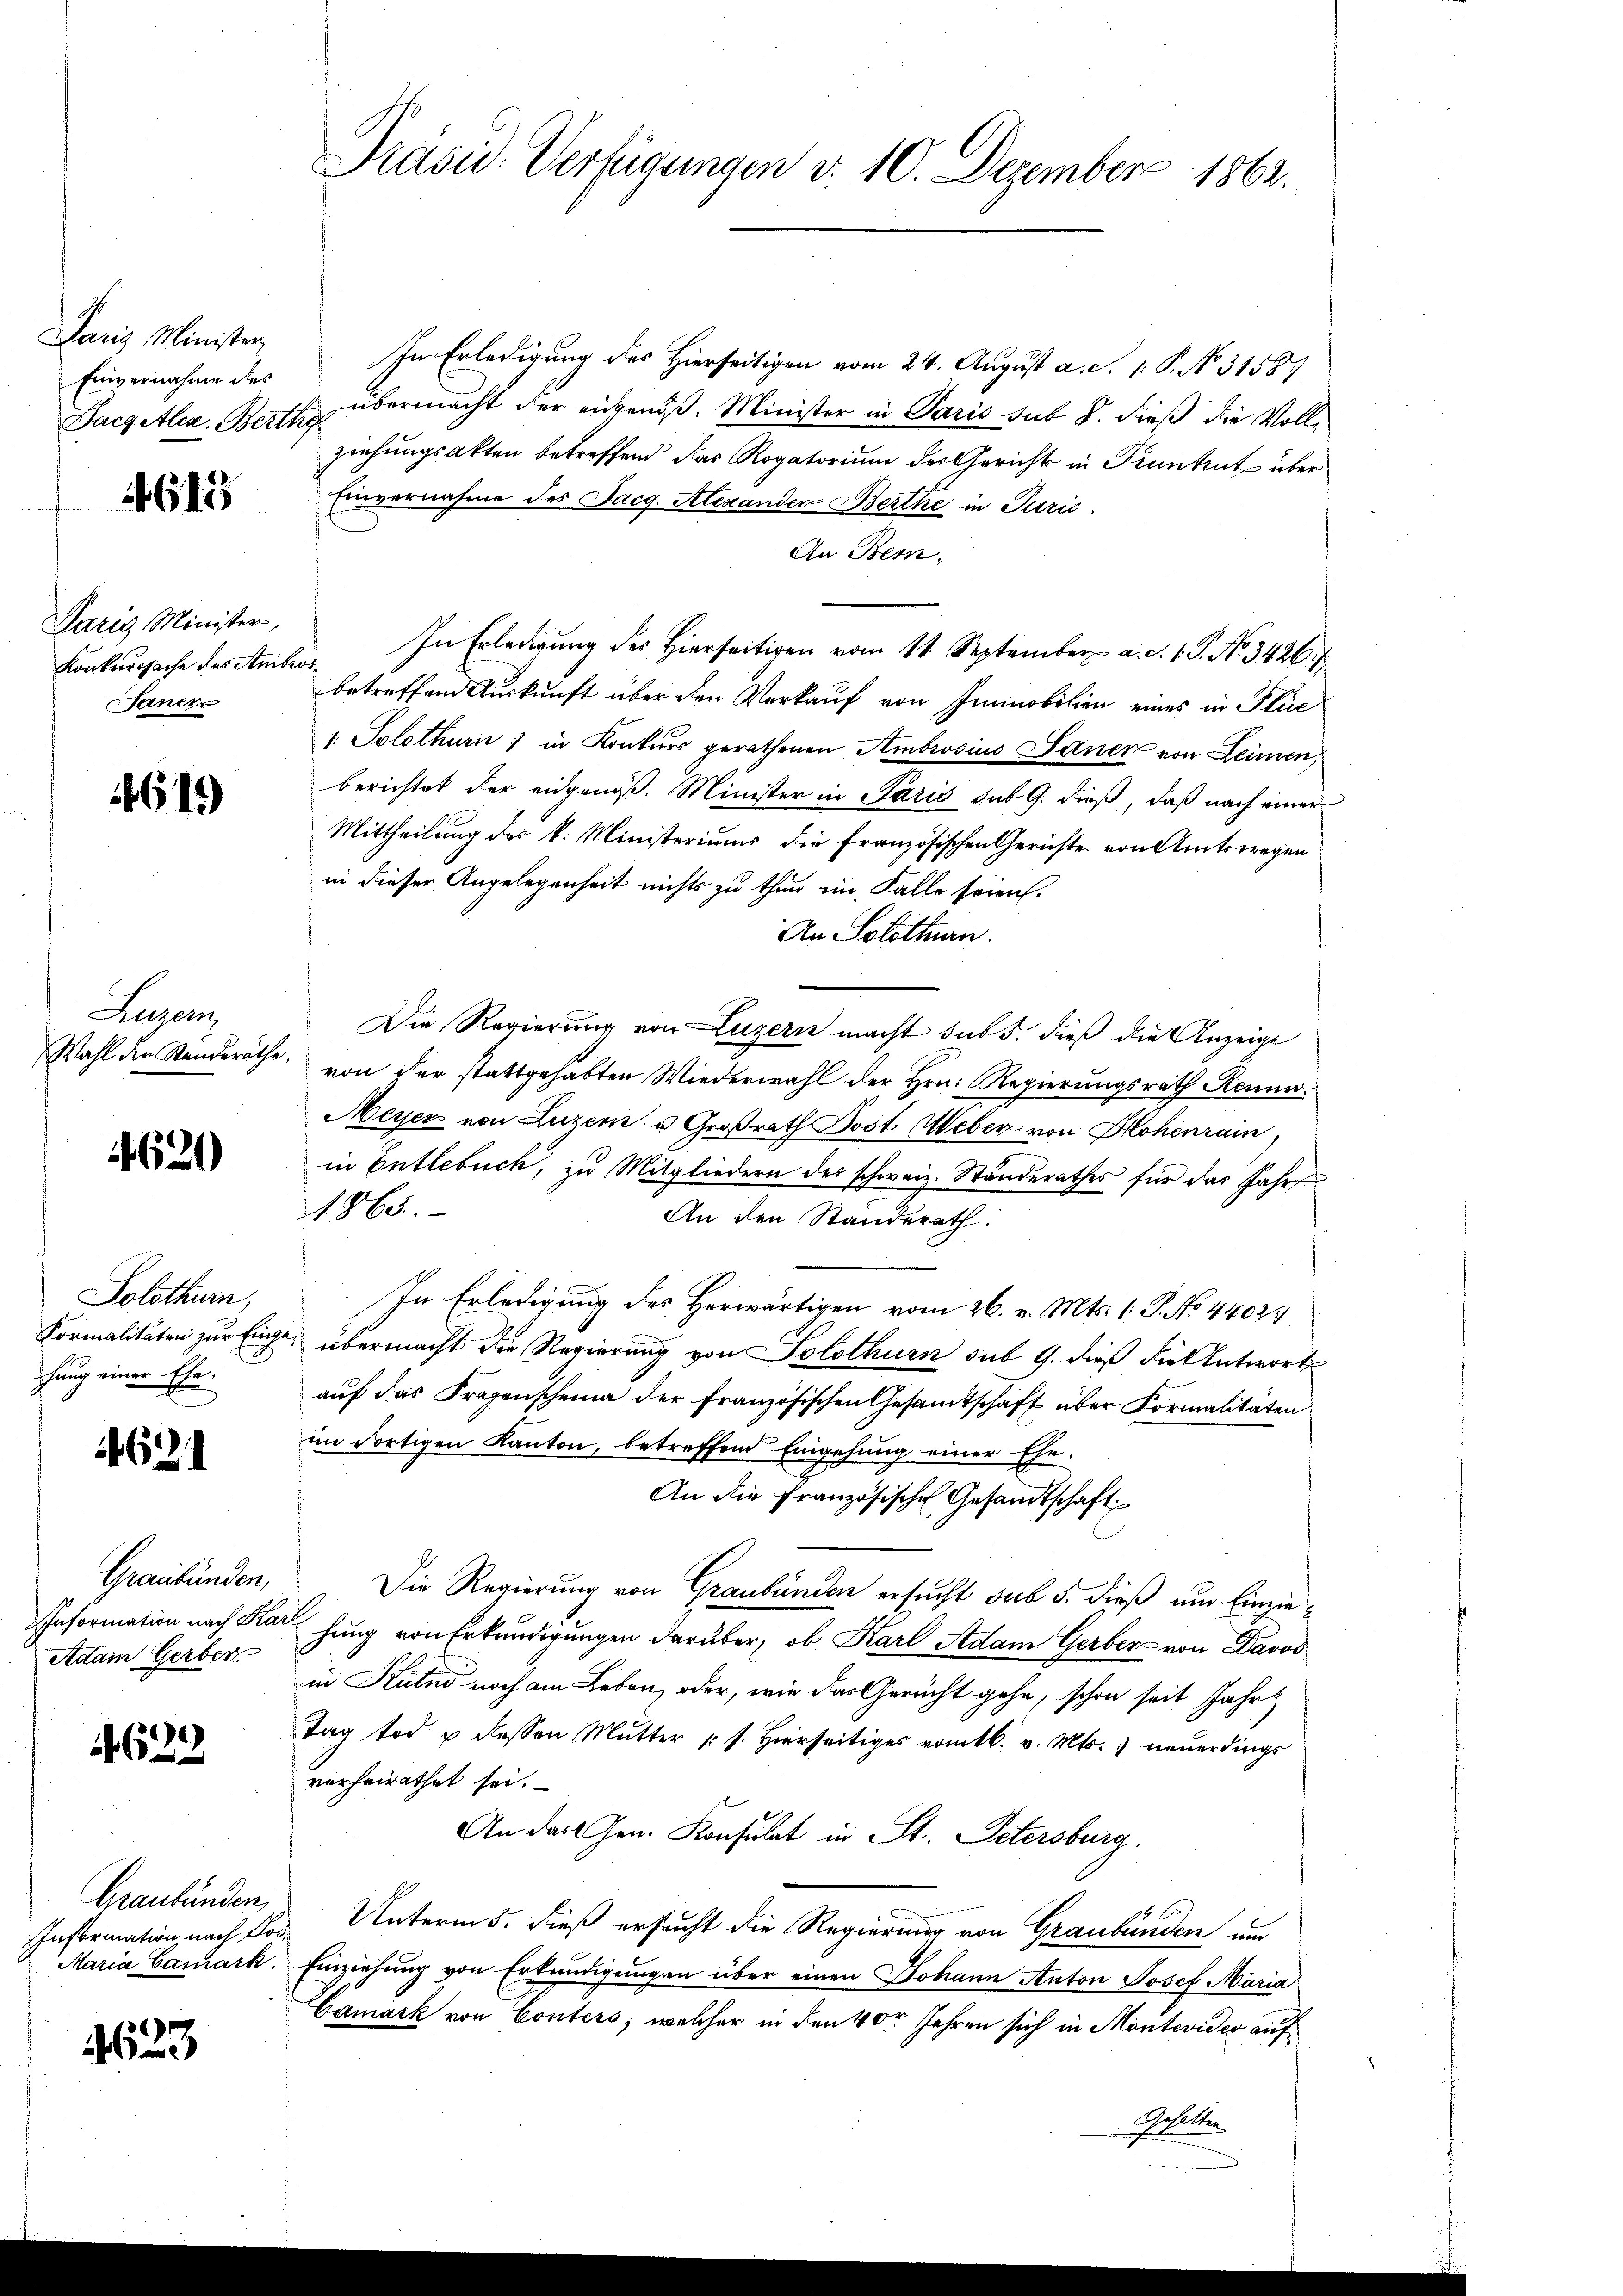
Paris Minister,
Einvernahme des
Sacg Ales. Berth
Paris Minister,
Konkurssache des Ambros
Janer

4613

4611)

Lugen
Wahl der Standeräthe

4620

Solothurn,
Formalitäten zur Eing
hung einer Ehe

4621

Graubünden,
Information nach Ka¬
Adam Gerber

1622

Graubünden
Information nach Co¬
Maria Camark

623

Präsid. Verfügungen d. 10. Dezember 1862.

In Erledigung des Hierseitigen vom 24. August a. S. 1. P. No. 31587
übermacht der engenoß. Minister in Paris sub 8. dieß die Vollziehungsakten betreffend das Rogatorium der Gerichts in Pruntrut über
Einvernahme des Jacg. Alexander Berthe in Paris.
An Bern.
In Erledigung des Hierseitigen vom 11. September a. c. 1 P. Nr. 3426
betreffend Auskunft über den Verkauf von Immobilien eines in Pluc
1. Solothurić in Konkurs gerathenen Ambrosius Sauer von Leimen
berichtet der eidgenöß. Minister in Paris tut G. dieß, daß nach einer
Mittheilung der k. Ministeriums die Französischen Gerichte von Amtswegen
in dieser Angelegenheit nichts zu thun im Falle seien.
An Solothurn.
Die Regierung von Luzern macht sub s. dieß die Anzeige
.
von der stattgehabten Wiederwahl der Hrn. Regierungsrath Kenne.
Meyer von Luzern u. Großrath Jost Weber von Hohenrain,
in Entlebuch, zu Mitgliedern des schweiz. Ständerathes für das Jahr
1865.
An den Standerath:
In Erledigung des Herwärtigen vom 26. v. Mts. 1. P. No 44023
. übermacht die Regierung von Solothurn sub 9. dieß die Antwort
auf das Fragenscheina der französischen Gesamtschaft über Formalitäten
im dortigen Kanton, betreffend Eingehung einer Ehe-
An die Französische Gesandtschaft
Die Regierung von Graubünden ersucht sub 5. dieß um Einziehung von Erkundigungen darüber, ob Karl Adam Gerber von Davos
in Kutuo noch am Leben, oder, wie der Gericht gehe, schon seit Jahr
Tag tod u dessen Mutter (s. Hierseitiges vomtb. v. Mts. neŭerdings
verheirathet sei.
An das Gen. Konsulat in St. Petersburg,
Unterm 5. dieß ersucht die Regierung von Graubünden um
Einziehung von Erkundigungen über einen Johann Anton Josef Maria
Camark von Conters, welcher in den 40r Jahren sich in Montevideo auf¬
Baletten